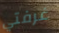
غرفتي